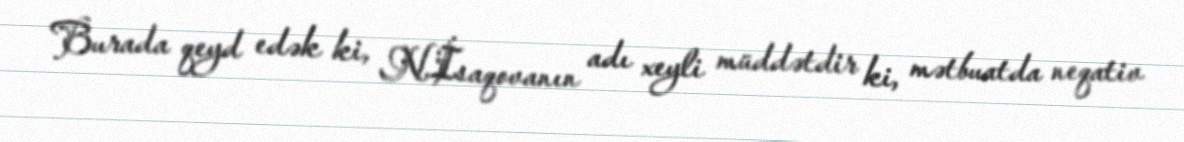
Burada qeyd edək ki, N.İsaqovanın adı xeyli müddətdir ki, mətbuatda neqativ